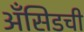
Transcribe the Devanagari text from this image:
अँसिडची